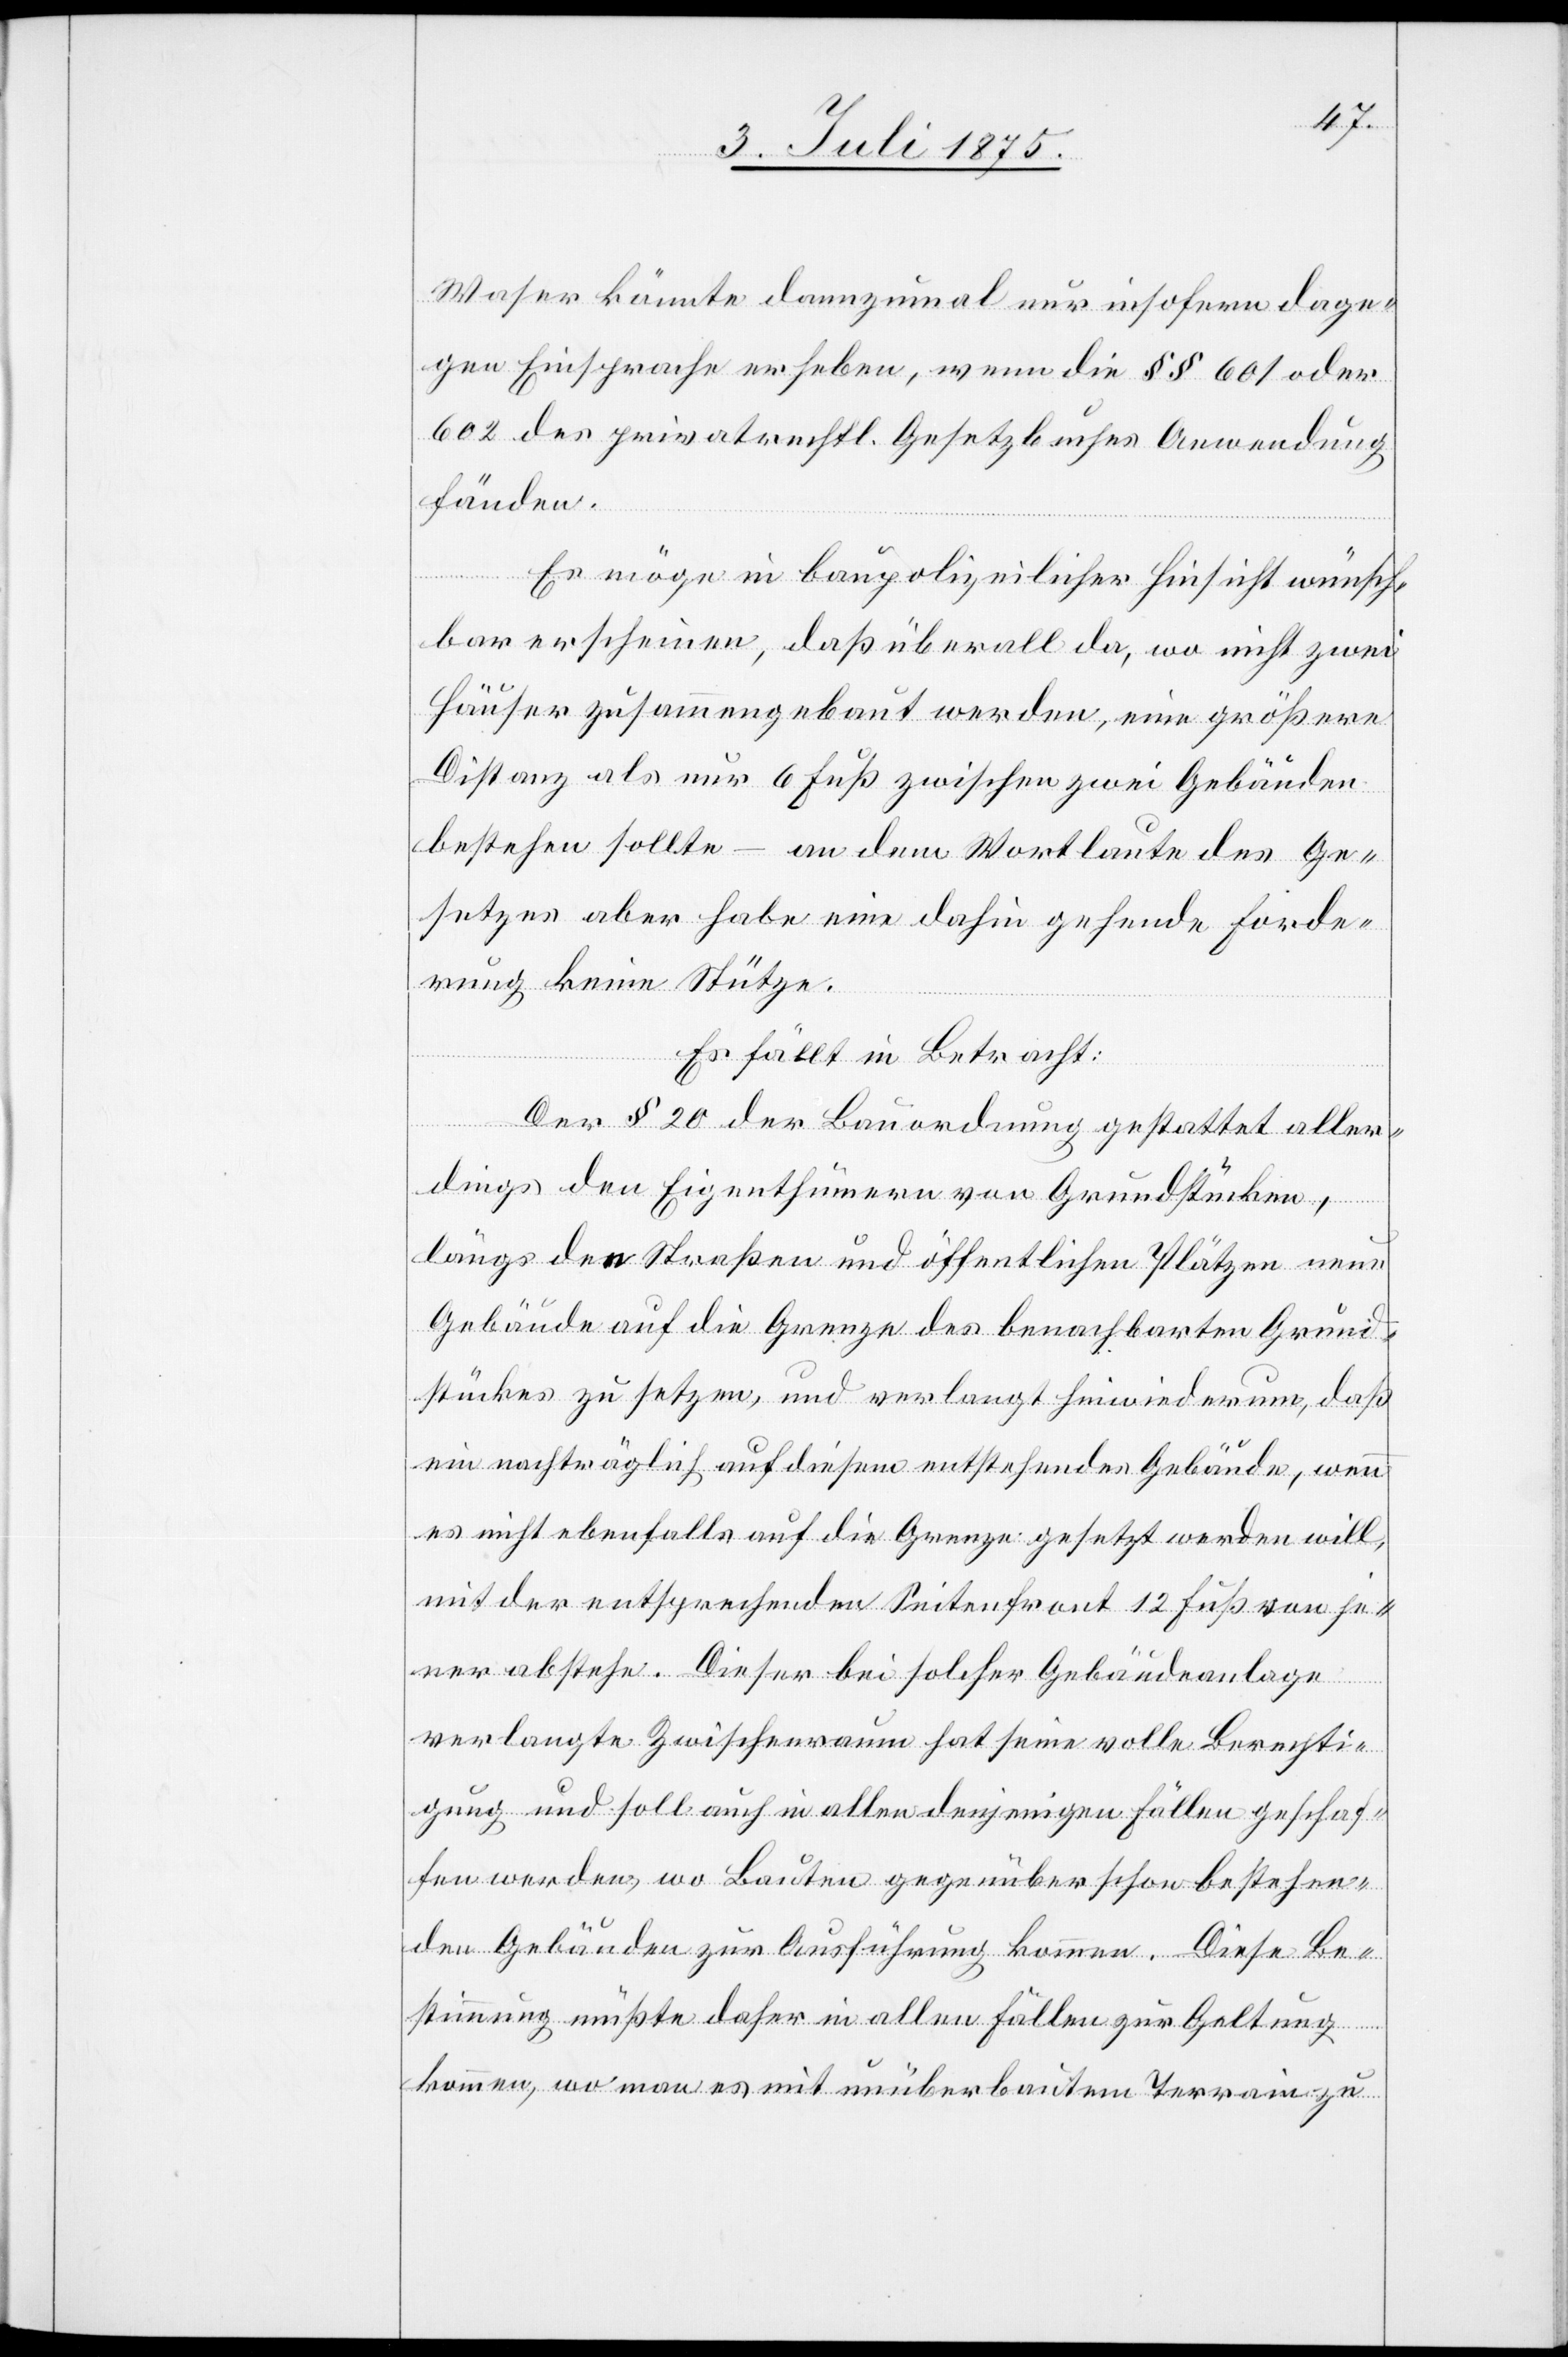
Waser könnte dannzumal nur insofern dage¬
gen Einsprache erheben, wenn die §§ 601 oder
602 des privatrechtl. Gesetzbuches Anwendung
fänden.
Es möge in baupolizeilicher Hinsicht wünsch¬
bar erscheinen, daß überall da, wo nicht zwei
Häuser zusammengebaut werden, eine größere
Distanz als nur 6 Fuß zwischen zwei Gebäuden
bestehen sollte – an dem Wortlaute des Ge¬
setzes aber habe eine dahin gehende Forde¬
rung keine Stütze.
Es fällt in Betracht:
Der § 20 der Bauordnung gestattet aller¬
dings den Eigenthümern von Grundstücken,
längs den Straßen und öffentlichen Plätzen neue
Gebäude auf die Grenze des benachbarten Grund¬
stückes zu setzen, und verlangt hie wiederum, daß
ein nachträglich auf diesem entstehendes Gebäude, wenn
es nicht ebenfalls auf die Grenze gesetzt werden will,
mit der entsprechenden Seitenfront 12 Fuß von je¬
ner abstehe. Dieser bei solcher Gebäudeanlage
verlangte Zwischenraum hat seine volle Berechti¬
gung und soll auch in allen denjenigen Fällen geschaf¬
fen werden, wo Bauten gegenüber schon bestehen¬
den Gebäuden zur Ausführung kommen. Diese Be¬
stimmung müßte daher in allen Fällen zur Geltung
kommen, wo man es mit unüberbautem Terrain zu